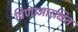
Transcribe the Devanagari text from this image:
विणाआरक्षित